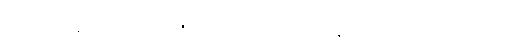
အဖိုးတန် အဝတ်အစားများကြောင့် ခန့်ညား ထည်ဝါသည်။